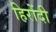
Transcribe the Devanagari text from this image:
हिरोंदी